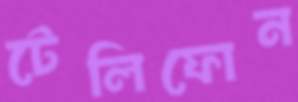
টেলিফোন